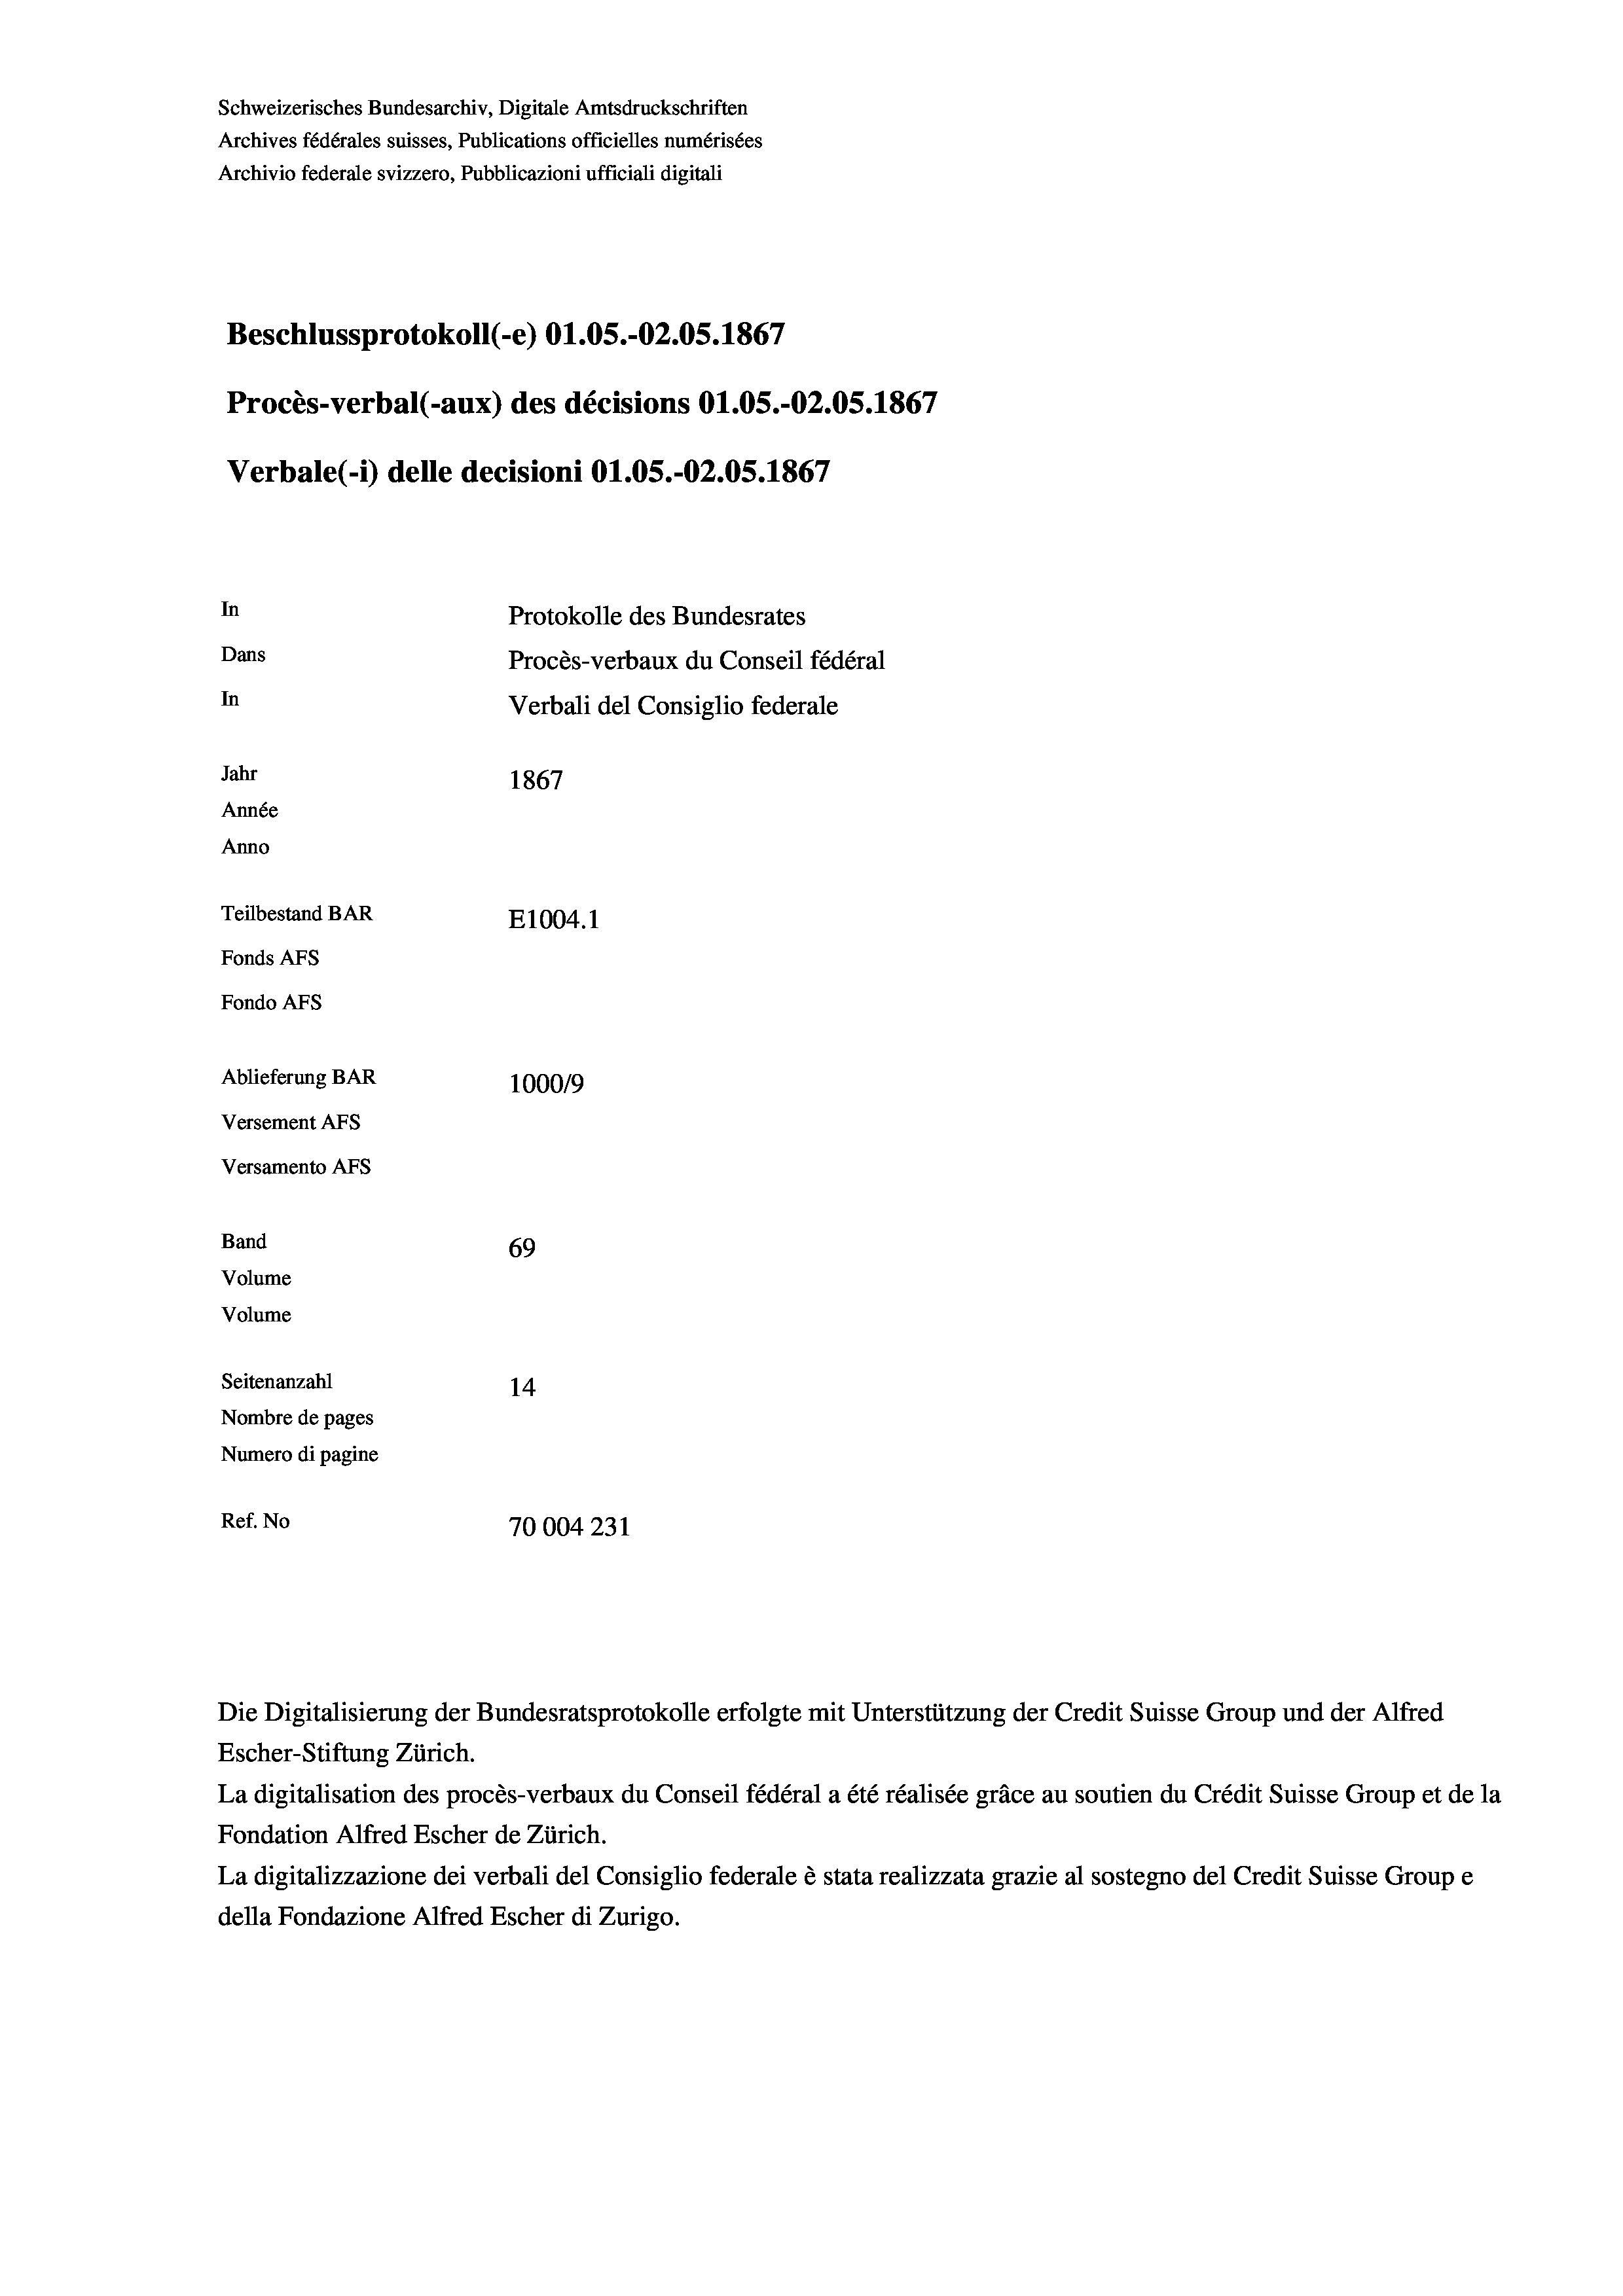
Schweizerisches Bundesarchiv, Digitale Amtsdruckschriften
Archives fédérales suisses, Publications officielles numérisées
Archivio federale svizzero, Pubblicazioni ufficiali digitali
Beschlussprotokoll (-e) O1.05.-02.05. 1867
Procès-verbal (-aux) des décisions Ol.OS.-O2.05. 1867
Verbale(-*) delle decisioni O1.05.-O2.05. 1867
In
Protokolle des Bundesrates
Dans
Procès-verbaux du Conseil fédéral
In
Verbali del Consiglio federale
Jahr
1867
Année
Anno
Teilbestand BAR
E1004.1
Fonds Afs
Fondo Afs
Ablieferung BAR
100019
Versement AFs
Versamento AFs
Band
69
Volume
Volume

Seitenanzahl
14
Nombre de pages
Numero di pagine
Ref. No
70004 231

Escher-Stiftung Zürich.
La digitalisation des procès-verbaux du Conseil fédéral a été réalisée gräce au soutien du Crédit Suisse Group et de la
Fondation Alfred Escher de Zürich.
La digitalizzazione dei verbali del Consiglio federale è stata realizzata grazie al sostegno del Credit Suisse Groupe
della Fondazione Alfred Escher di Zurigo.

Die Digitalisierung der Bundesratsprotokolle erfolgte mit Unterstützung der Credit Suisse Group und der Alfred